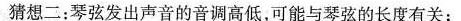
猜想二：琴弦发出声音的音调高低，可能与琴弦的长度有关；